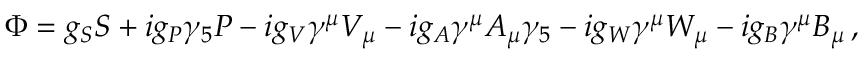
\Phi = g _ { S } S + i g _ { P } \gamma _ { 5 } P - i g _ { V } \gamma ^ { \mu } V _ { \mu } - i g _ { A } \gamma ^ { \mu } A _ { \mu } \gamma _ { 5 } - i g _ { W } \gamma ^ { \mu } W _ { \mu } - i g _ { B } \gamma ^ { \mu } B _ { \mu } \, ,